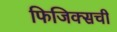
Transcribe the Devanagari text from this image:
फिजिक्सची